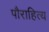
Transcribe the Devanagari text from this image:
पौराहित्य